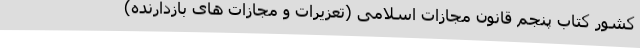
کشور کتاب پنجم قانون مجازات اسلامی (‌تعزیرات و مجازات ‌های بازدارنده)